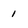
Character: 1